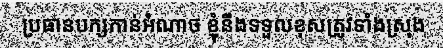
ប្រធានបក្សកាន់អំណាច ខ្ញុំនឹងទទួលខុសត្រូវទាំងស្រុង